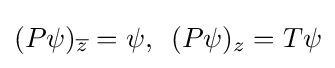
\displaystyle (P\psi )_{\overline {z}}=\psi ,\,\,\,(P\psi )_{z}=T\psi